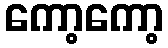
ကော့ကော့